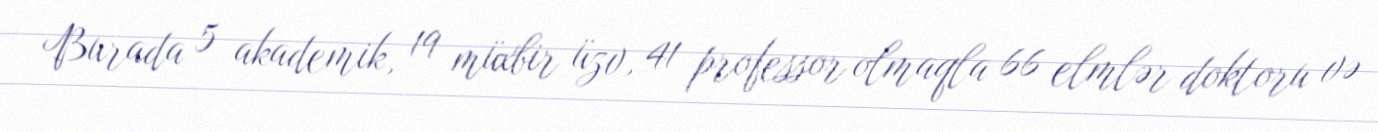
Burada 5 akademik, 19 müxbir üzv, 41 professor olmaqla 66 elmlər doktoru və